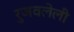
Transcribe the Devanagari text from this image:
रुजवलेली